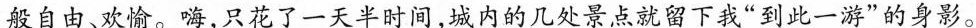
般自由、欢愉。嗨，只花了一天半时间，城内的几处景点就留下我“到此一游”的身影。